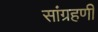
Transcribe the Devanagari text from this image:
सांग्रहणी